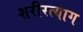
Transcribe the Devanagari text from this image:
शरीरत्याग